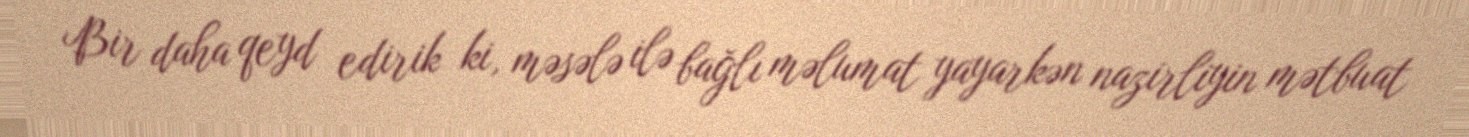
Bir daha qeyd edirik ki, məsələ ilə bağlı məlumat yayarkən nazirliyin mətbuat